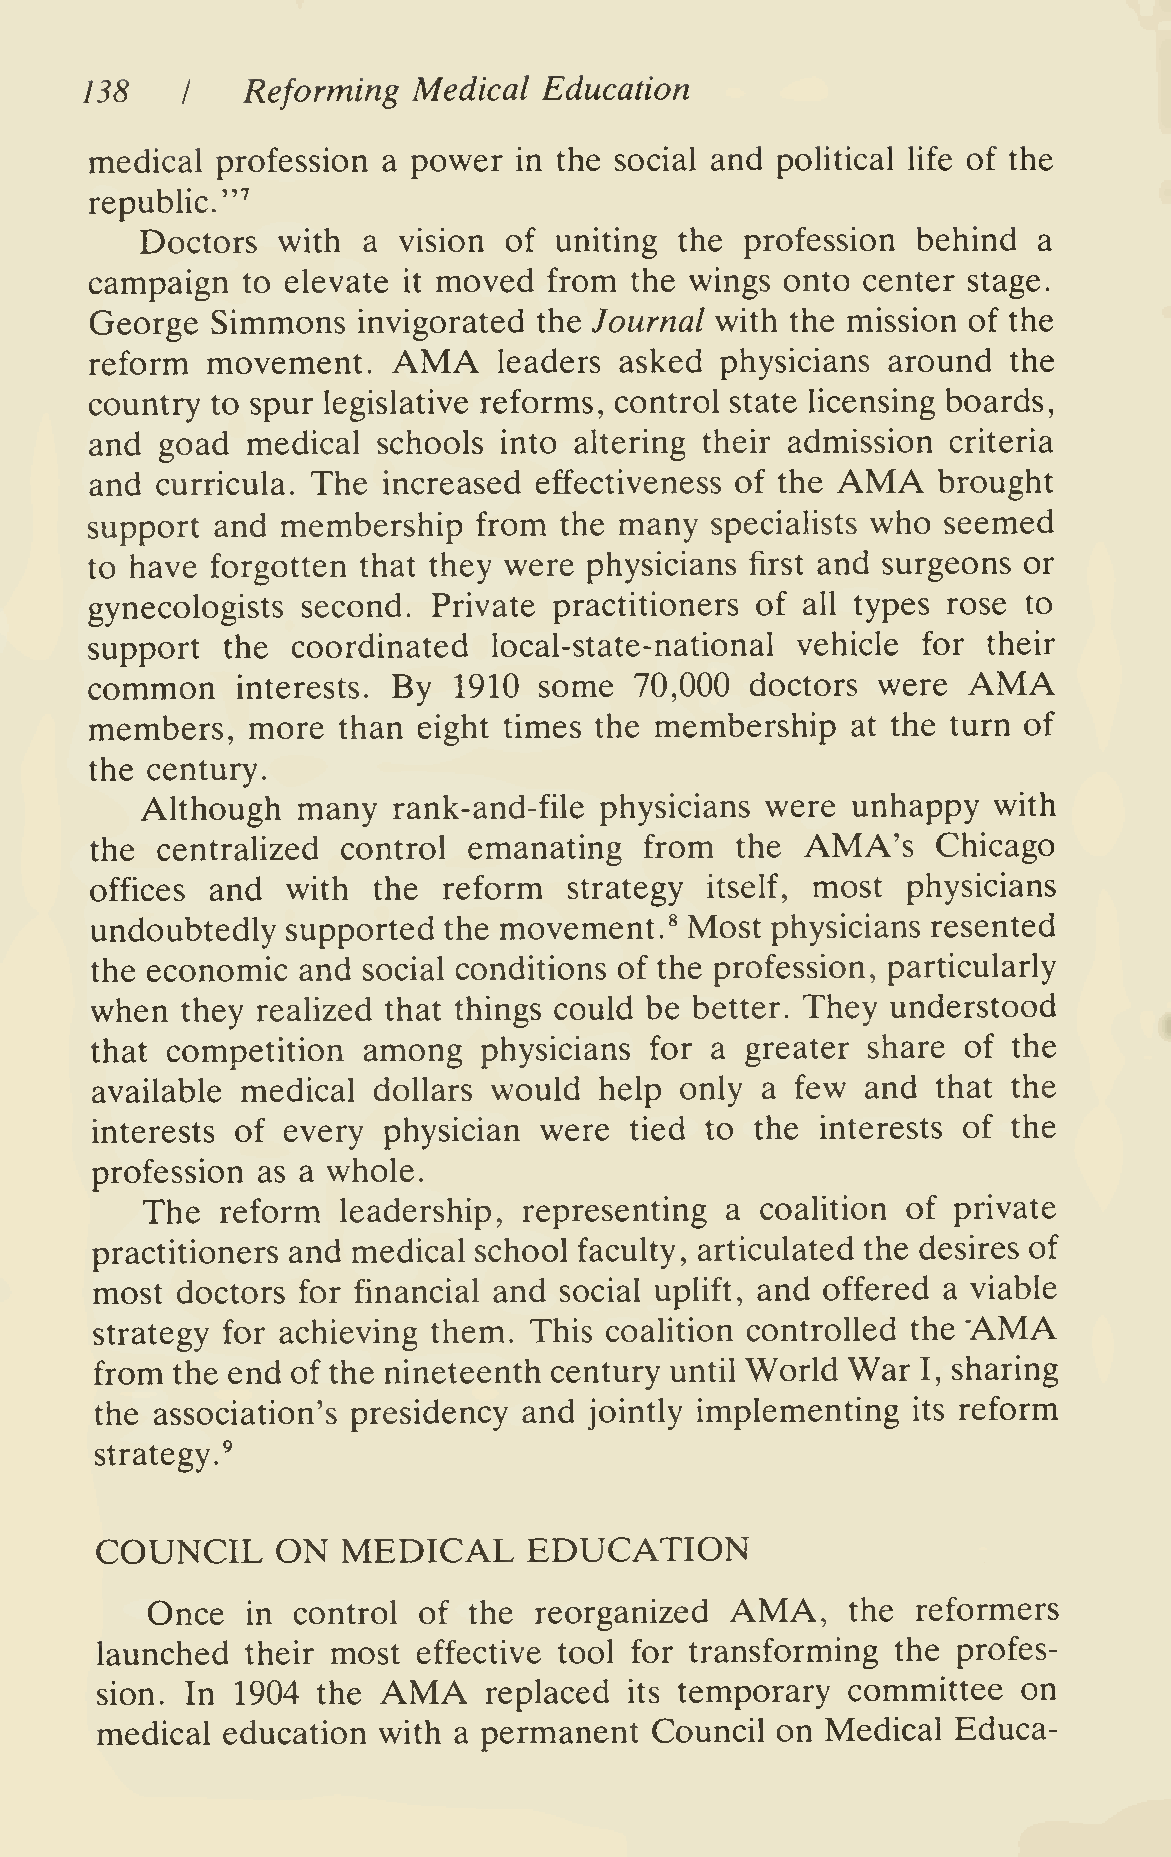
138        Reforming  Medical  Education
 I
 medical profession a power  in the social and political life of the
 republic."''
 Doctors  with  a vision of  uniting the profession  behind  a
 campaign  to elevate it moved from  the wings onto center stage.
 George  Simmons   invigorated the Journal with the mission of the
 AMA
 reform  movement.          leaders asked  physicians around  the
 country to spur legislative reforms, control state licensing boards,
 and  goad medical  schools into altering their admission criteria
 AMA
 and curricula. The increased effectiveness of the       brought
 support and  membership   from the many  specialists who seemed
 to have forgotten that they were physicians first and surgeons or
 gynecologists second.  Private practitioners of all types rose to
 support  the coordinated   local-state-national vehicle for their
 AMA
 common    interests. By 1910  some  70,000  doctors were
 members,   more than  eight times the membership  at the turn of
 the century.
 Although   many  rank-and-file physicians were unhappy   with
 the centralized  control emanating   from  the AMA's    Chicago
 offices and  with  the reform   strategy itself, most physicians
 undoubtedly  supported the movement.^   Most physicians resented
 the economic  and social conditions of the profession, particularly
 when  they realized that things could be better. They understood
 that competition  among   physicians for a greater share  of the
 available medical  dollars would  help only a  few and  that the
 interests of every physician  were  tied to the interests of the
 profession as a whole.
 The   reform  leadership, representing a coalition of private
 practitioners and medical school faculty, articulated the desires of
 most  doctors for financial and social uplift, and offered a viable
 *AMA
 strategy for achieving them. This coalition controlled the
 from the end of the nineteenth century until World War I, sharing
 the association's presidency and jointly implementing its reform
 strategy.^
 COUNCIL     ON   MEDICAL     EDUCATION
 AMA,
 Once  in control  of the reorganized          the  reformers
 launched  their most  effective tool for transforming the profes-
 AMA
 sion. In  1904 the        replaced  its temporary committee   on
 medical  education with a permanent  Council on  Medical Educa-